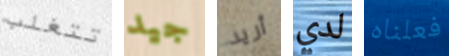
تتغلب جيد أريد لدي فعلناه